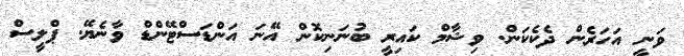
ވަނީ އަހަރެން ދެކެކަން. ވިޝާމް ކައިރީ ބުނަނިކޮން އޭނަ އަންޑަސްޓޭންޑް ވާނެޔޭ. ޕްލީސް